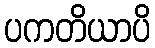
ပကတိယာပိ